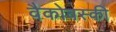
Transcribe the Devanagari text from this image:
वैकोवस्की